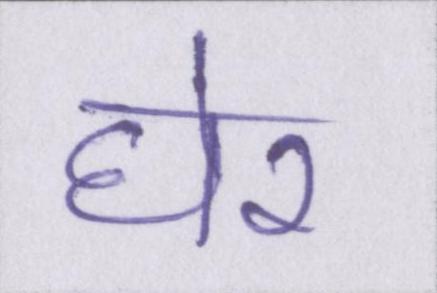
घेर